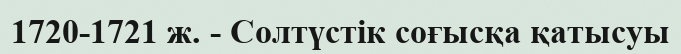
1720-1721 ж. - Солтүстік соғысқа қатысуы